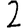
Digit: 2